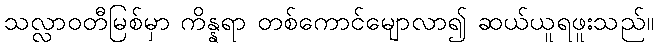
သလ္လာဝတီမြစ်မှာ ကိန္နရာ တစ်ကောင်မျောလာ၍ ဆယ်ယူရဖူးသည်။